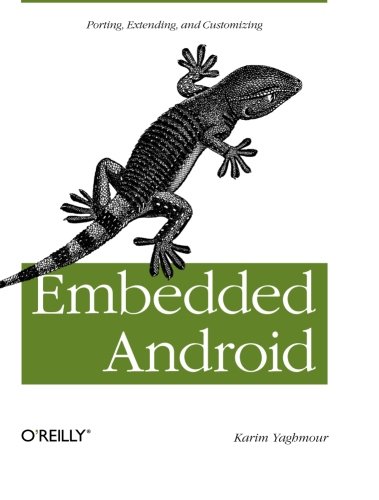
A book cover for Embedded Android: Porting, Extending, and Customizing; Karim Yaghmour; Computers & Technology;